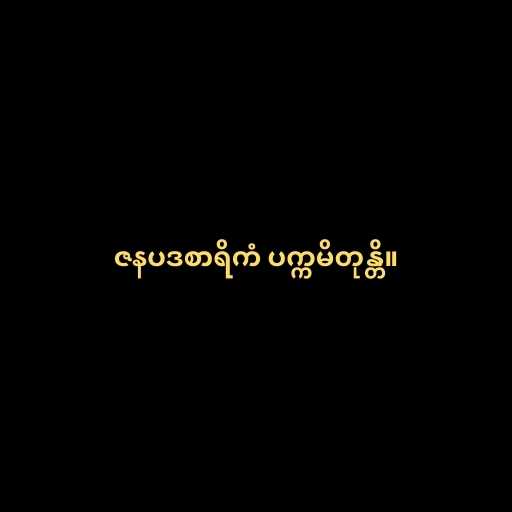
ဇနပဒစာရိကံ ပက္ကမိတုန္တိ။